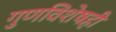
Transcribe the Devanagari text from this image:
गुणविशेषही